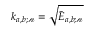
k _ { a , b ; \mathscr { n } } = \sqrt { \tilde { E } _ { a , b ; \mathscr { n } } }